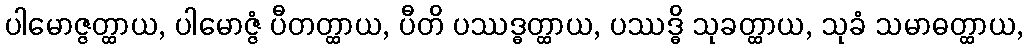
ပါမောဇ္ဇတ္ထာယ, ပါမောဇ္ဇံ ပီတတ္ထာယ, ပီတိ ပဿဒ္ဓတ္ထာယ, ပဿဒ္ဓိ သုခတ္ထာယ, သုခံ သမာဓတ္ထာယ,